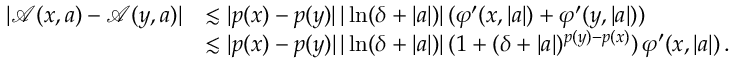
\begin{array} { r } { \begin{array} { r l } { \vert \boldsymbol { \mathcal { A } } ( x , a ) - \boldsymbol { \mathcal { A } } ( y , a ) \vert } & { \lesssim \vert p ( x ) - p ( y ) \vert \, \vert \ln ( \delta + \vert a \vert ) \vert \, ( \varphi ^ { \prime } ( x , \vert a \vert ) + \varphi ^ { \prime } ( y , \vert a \vert ) ) } \\ & { \lesssim \vert p ( x ) - p ( y ) \vert \, \vert \ln ( \delta + \vert a \vert ) \vert \, ( 1 + ( \delta + \vert a \vert ) ^ { p ( y ) - p ( x ) } ) \, \varphi ^ { \prime } ( x , \vert a \vert ) \, . } \end{array} } \end{array}